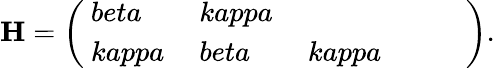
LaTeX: \mathrm{\mathbf H=\left(\begin{array}{llllll}{\ beta}&{\ kappa}&{}&{}&{}&{}\\ {\ kappa}&{\ beta}&{\ kappa}&{}&{}&{}\end{array}\right).}